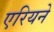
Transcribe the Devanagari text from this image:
एरियने